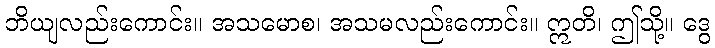
ဘိယျလည်းကောင်း။ အသမောစ၊ အသမလည်းကောင်း။ ဣတိ၊ ဤသို့။ ဒွေ